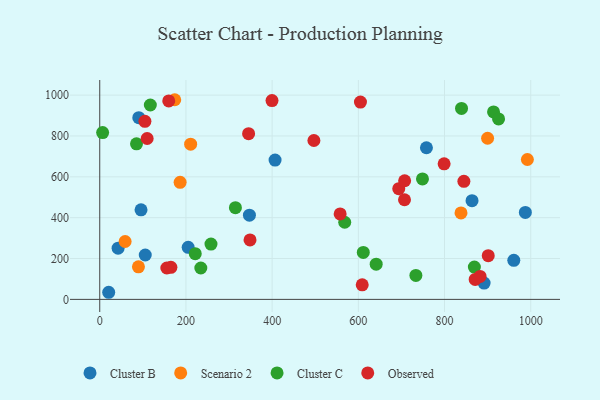
{"axis": {"x": "Study Hours", "y": "Rating"}, "legend": ["Cluster B", "Cluster C", "Observed", "Scenario 2"], "data": [{"x": "347.3", "y": 412.4, "type": "Cluster B"}, {"x": "891.8", "y": 79.9, "type": "Cluster B"}, {"x": "105.6", "y": 217.2, "type": "Cluster B"}, {"x": "205.2", "y": 255.1, "type": "Cluster B"}, {"x": "406.8", "y": 681.9, "type": "Cluster B"}, {"x": "960.7", "y": 191.2, "type": "Cluster B"}, {"x": "20.8", "y": 34.8, "type": "Cluster B"}, {"x": "863.8", "y": 483.1, "type": "Cluster B"}, {"x": "90.6", "y": 889.4, "type": "Cluster B"}, {"x": "95.8", "y": 438.7, "type": "Cluster B"}, {"x": "758.0", "y": 742.3, "type": "Cluster B"}, {"x": "42.6", "y": 250.6, "type": "Cluster B"}, {"x": "987.5", "y": 425.8, "type": "Cluster B"}, {"x": "58.9", "y": 283.5, "type": "Scenario 2"}, {"x": "89.8", "y": 159.4, "type": "Scenario 2"}, {"x": "174.0", "y": 977.5, "type": "Scenario 2"}, {"x": "210.9", "y": 759.7, "type": "Scenario 2"}, {"x": "992.2", "y": 684.9, "type": "Scenario 2"}, {"x": "186.5", "y": 573.1, "type": "Scenario 2"}, {"x": "899.9", "y": 788.9, "type": "Scenario 2"}, {"x": "838.2", "y": 423.1, "type": "Scenario 2"}, {"x": "611.5", "y": 230.0, "type": "Cluster C"}, {"x": "85.3", "y": 761.8, "type": "Cluster C"}, {"x": "117.4", "y": 951.7, "type": "Cluster C"}, {"x": "221.6", "y": 223.9, "type": "Cluster C"}, {"x": "913.7", "y": 918.0, "type": "Cluster C"}, {"x": "6.7", "y": 816.8, "type": "Cluster C"}, {"x": "925.4", "y": 883.4, "type": "Cluster C"}, {"x": "839.4", "y": 935.1, "type": "Cluster C"}, {"x": "733.5", "y": 117.5, "type": "Cluster C"}, {"x": "258.1", "y": 271.0, "type": "Cluster C"}, {"x": "641.4", "y": 172.3, "type": "Cluster C"}, {"x": "568.4", "y": 377.6, "type": "Cluster C"}, {"x": "234.5", "y": 153.6, "type": "Cluster C"}, {"x": "748.8", "y": 589.8, "type": "Cluster C"}, {"x": "869.2", "y": 158.1, "type": "Cluster C"}, {"x": "314.8", "y": 449.1, "type": "Cluster C"}, {"x": "901.4", "y": 214.0, "type": "Observed"}, {"x": "160.1", "y": 971.5, "type": "Observed"}, {"x": "693.8", "y": 541.9, "type": "Observed"}, {"x": "165.1", "y": 157.1, "type": "Observed"}, {"x": "155.7", "y": 153.6, "type": "Observed"}, {"x": "609.0", "y": 71.2, "type": "Observed"}, {"x": "348.7", "y": 291.3, "type": "Observed"}, {"x": "110.0", "y": 787.6, "type": "Observed"}, {"x": "882.5", "y": 112.6, "type": "Observed"}, {"x": "399.7", "y": 973.4, "type": "Observed"}, {"x": "799.0", "y": 663.7, "type": "Observed"}, {"x": "604.9", "y": 966.2, "type": "Observed"}, {"x": "707.4", "y": 580.7, "type": "Observed"}, {"x": "104.8", "y": 871.6, "type": "Observed"}, {"x": "345.4", "y": 811.3, "type": "Observed"}, {"x": "871.1", "y": 97.8, "type": "Observed"}, {"x": "707.1", "y": 487.9, "type": "Observed"}, {"x": "557.8", "y": 418.2, "type": "Observed"}, {"x": "844.9", "y": 578.1, "type": "Observed"}, {"x": "496.9", "y": 777.9, "type": "Observed"}]}